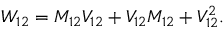
W _ { 1 2 } = M _ { 1 2 } V _ { 1 2 } + V _ { 1 2 } M _ { 1 2 } + V _ { 1 2 } ^ { 2 } .